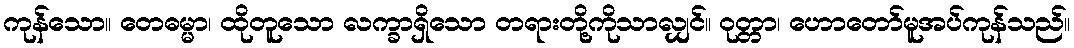
ကုန်သော။ တေဓမ္မာ၊ ထိုတူသော လက္ခာရှိသော တရားတို့ကိုသာလျှင်။ ဝုတ္တာ၊ ဟောတော်မူအပ်ကုန်သည်။